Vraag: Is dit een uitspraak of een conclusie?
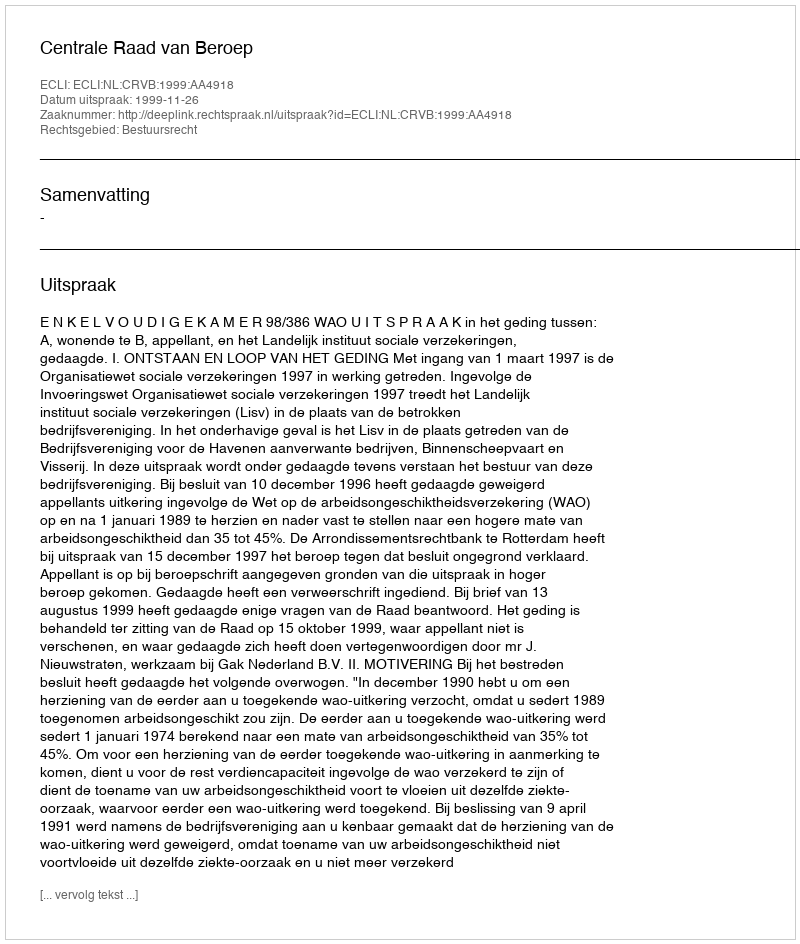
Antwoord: Uitspraak